Annual report on the lock hospitals of the Madras Presidency
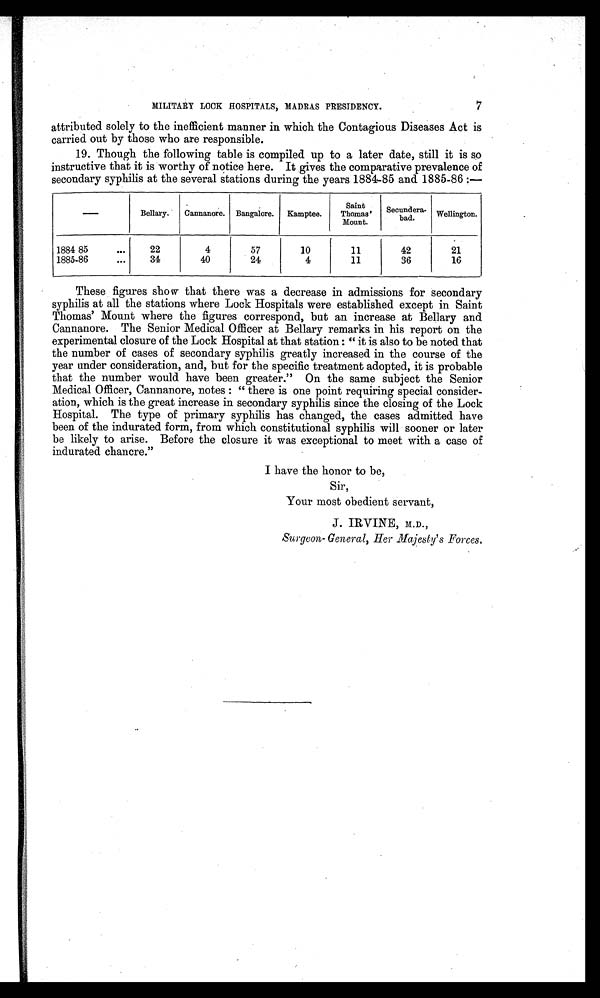
7
MILITARY LOCK HOSPITALS, MADRAS PRESIDENCY.
attributed solely to the inefficient manner in which the Contagious Diseases Act is
carried out by those who are responsible.
19. Though the following table is compiled up to a later date, still it is so
instructive that it is worthy of notice here. It gives the comparative prevalence of
secondary syphilis at the several stations during the years 1884-85 and 1885-86 :—
—
Bellary. Cannanore. Bangalore. Kamptee.
Saint
Thomas'
Mount.
Secundera-
bad.
Wellington.
1884 85
. . .
22
4
57
10
11
42
21
1885-86
. . .
34
40
24
4
11
36
16
These figures show that there was a decrease in admissions for secondary
syphilis at all the stations where Lock Hospitals were established except in Saint
Thomas' Mount where the figures correspond, but an increase at Bellary and
Cannanore. The Senior Medical Officer at Bellary remarks in his report on the
experimental closure of the Lock Hospital at that station : " it is also to be noted that
the number of cases of secondary syphilis greatly increased in the course of the
year under consideration, and, but for the specific treatment adopted, it is probable
that the number would have been greater." On the same subject the Senior
Medical Officer, Cannanore, notes : " there is one point requiring special consider-
ation, which is the great increase in secondary syphilis since the closing of the Lock
Hospital. The type of primary syphilis has changed, the cases admitted have
been of the indurated form, from which constitutional syphilis will sooner or later
be likely to arise. Before the closure it was exceptional to meet with a case of
indurated chancre."
I have the honor to be,
Sir,
Your most obedient servant,
J. IRVINE, M.D.,
Surgeon-General, Her Majesty's Forces.